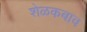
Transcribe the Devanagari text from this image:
शेळकबाव